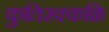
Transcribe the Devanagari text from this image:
कुतिरक्कळि